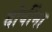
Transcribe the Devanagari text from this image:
दोषींना